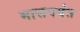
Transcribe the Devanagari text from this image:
मासपर्यंत